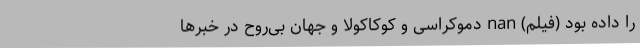
را داده بود (فیلم) nan دموکراسی و کوکاکولا و جهان بی‌روح در خبرها